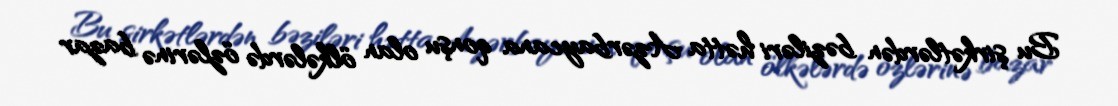
Bu şirkətlərdən bəziləri hətta Azərbaycana qonşu olan ölkələrdə özlərinə bazar